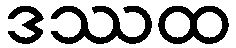
ဒဿထ